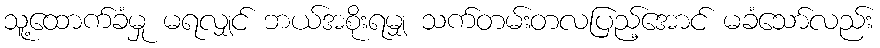
သူ့ထောက်ခံမှု မရလျှင် ဘယ်အစိုးရမျှ သက်တမ်းတလပြည့်အောင် မခံသော်လည်း